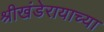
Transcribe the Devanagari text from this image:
श्रीखंडेरायाच्या